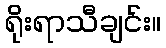
ရိုးရာသီချင်း။